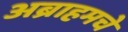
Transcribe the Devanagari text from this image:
अब्राहमचे